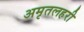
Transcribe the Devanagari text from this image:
अमृतलहरी